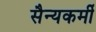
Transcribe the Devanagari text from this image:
सैन्यकर्मी